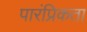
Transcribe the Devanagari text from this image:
पारंप्रिकता